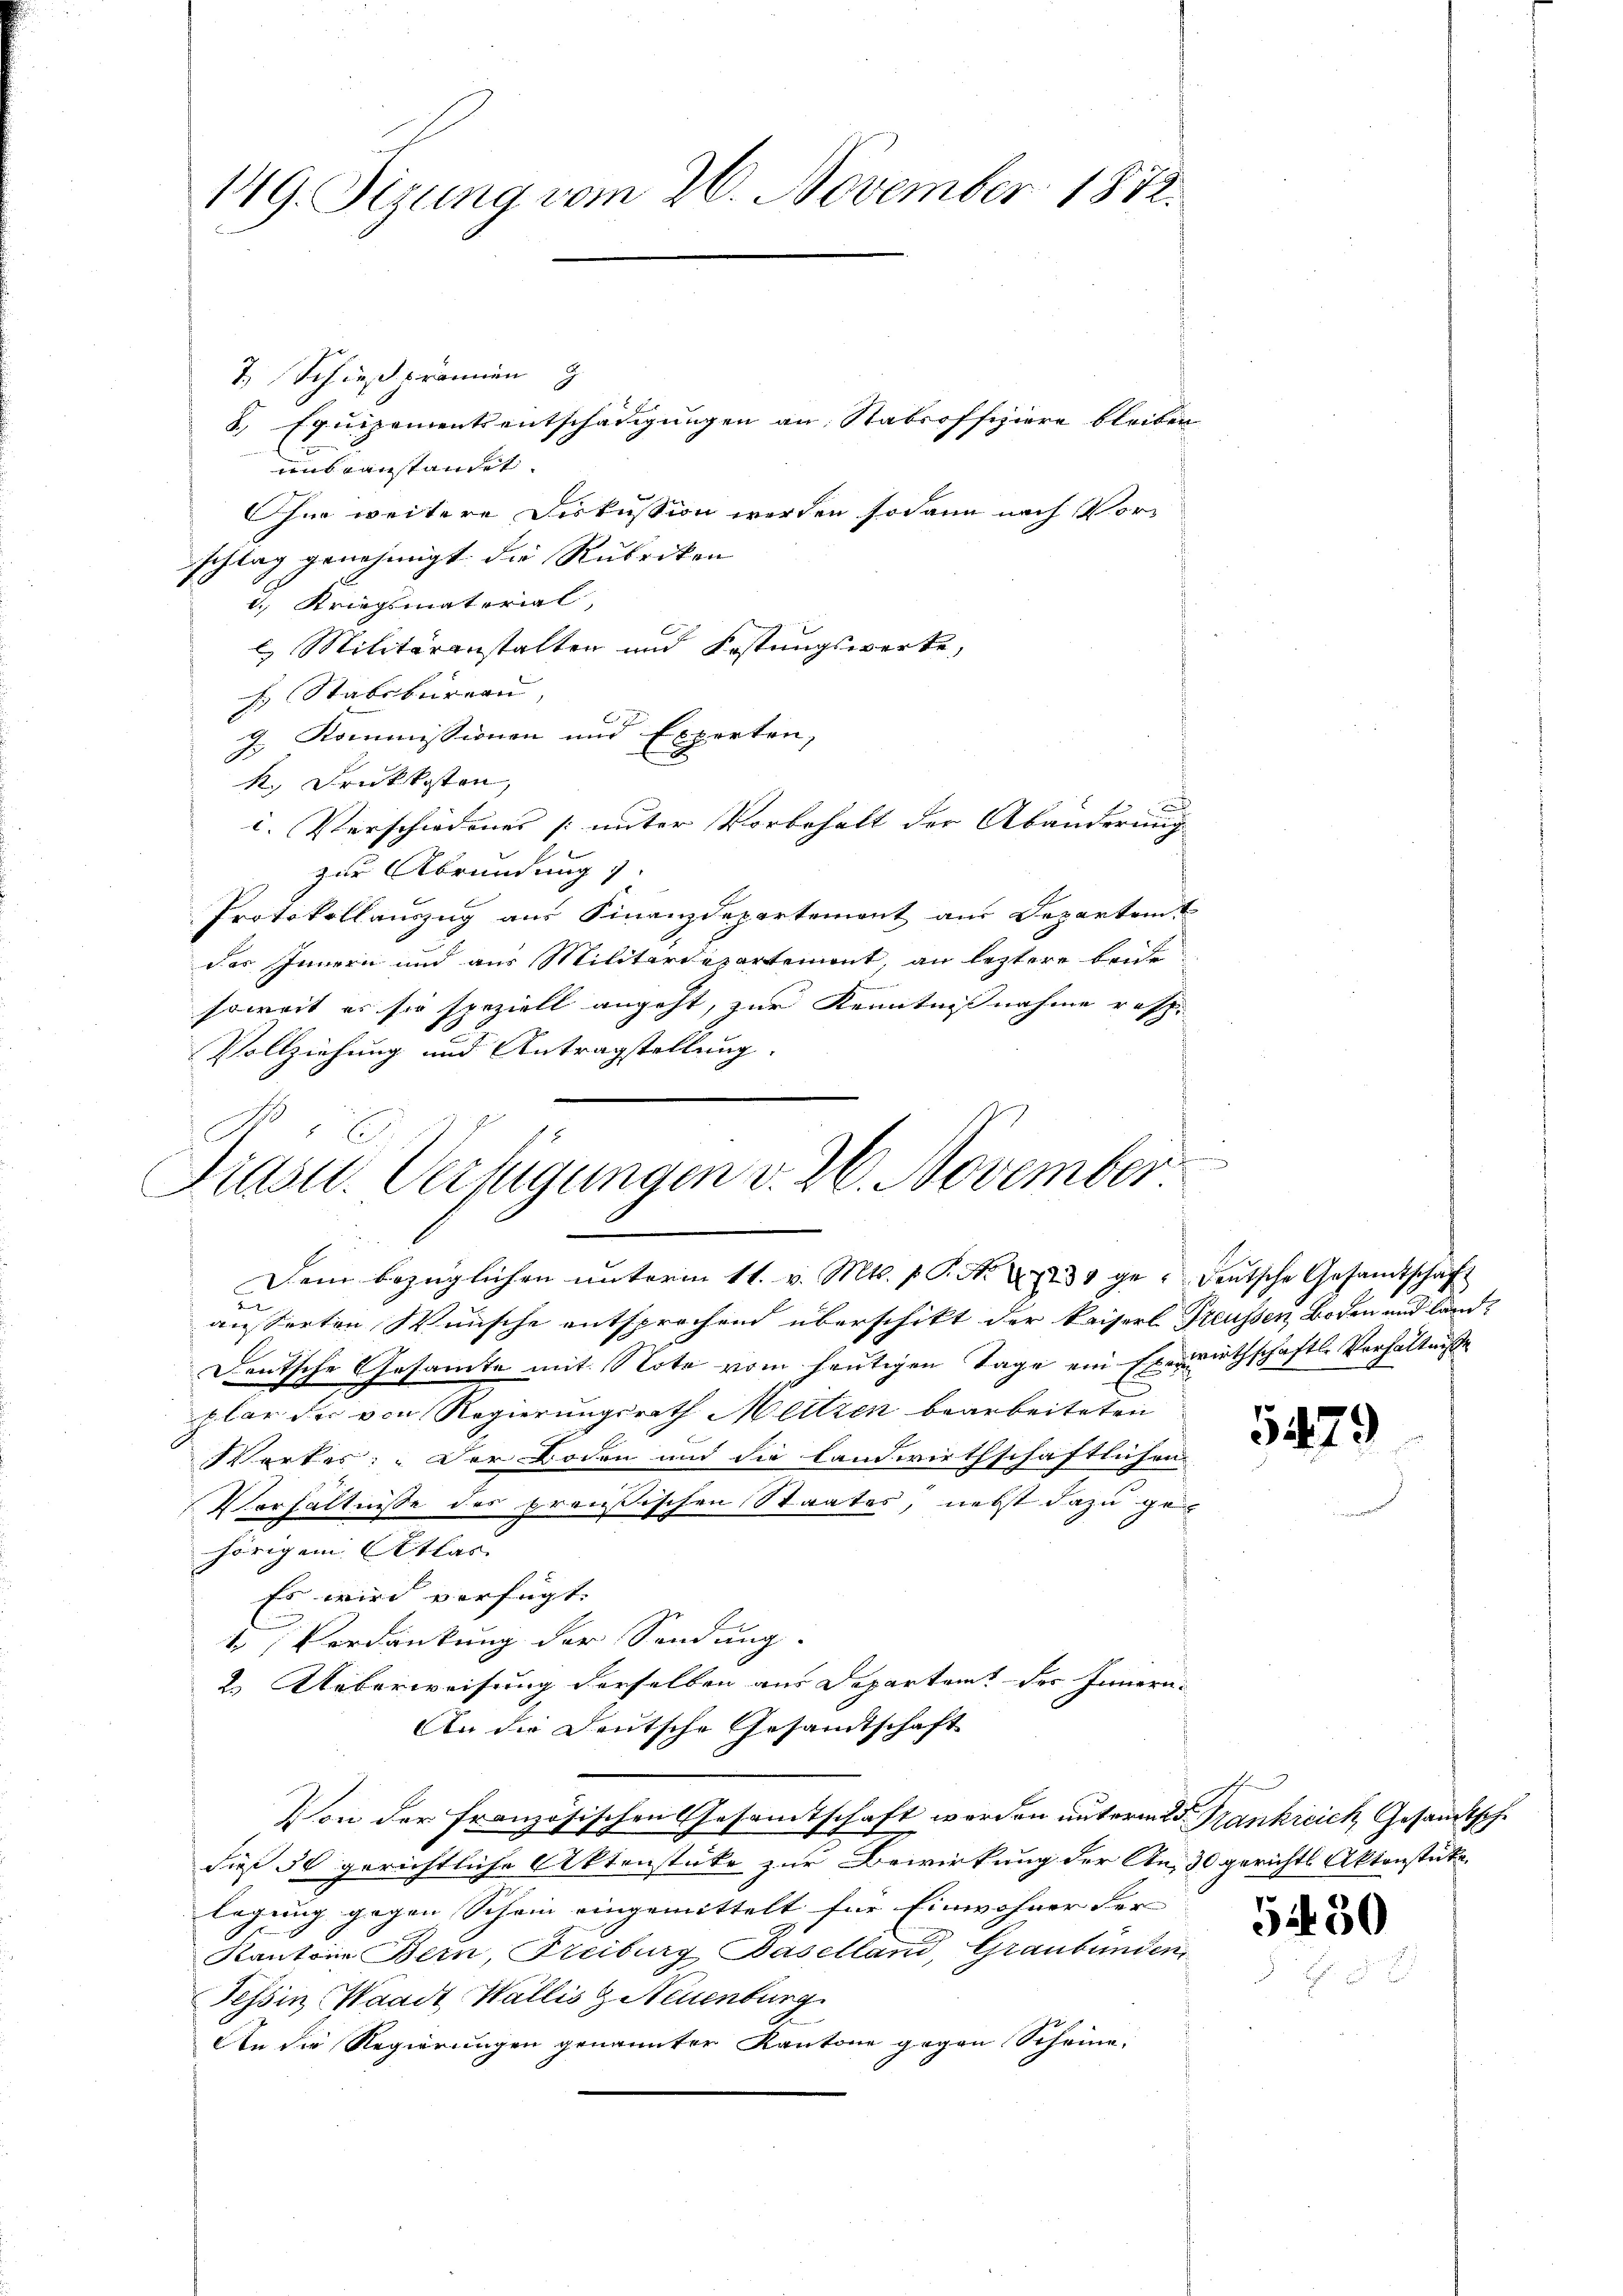
149. Sizung vom 26. November 1812.

7.) Schießprämien
8., Equipementsentschädigungen an Stabsoffiziere bleiben
unbeanstandet.
Ohne weitere Diskussion werden sodann nach Vorschlag genehmigt die Rubriken
1. Kriegsmaterial,
l Militäranstalten und Festungswerke,
h Stabsburern,
g. Kommissionen und Experten,
R. Druckkosten,
i. Verschiedenes [unter Vorbehalt der Abänderung
zur Abrundung
Protokollauszug aus Finanzdepartement aus Departamt
des Innern und aus Militärdepartemont, an leztere beide
soweit es sie speziell angeht, zur Kenntnisnahme resp.
Vollziehung und Antragstellung.

.
Fiast. Verfügungen v. 26. November
Dem bezüglichen ŭnterm 11. v. Mts. p. P. Nr. 223 gedeŭtsche Gesandtschaft
äusserten Wünsche entsprochend überschikt der kaiserl Preussen Boden und land-

Deutsche Gesamte mit Note vom heutigen Tage ein Exewirthschaftle Verhältniße
plar der von Regierungsrath Metzen bearbeiteten
Werkes: „Der Boden und die landwirthschaftlichen
Verhältnisse des prauischen Staates, nebst dazu ge
hörigem Atlas
Es wird verfügt. |
Verdankung der Sendung.
2. Ueberweisung derselben aus Departem des Innern.
An die Deutsche Gesandtschaft
Von der französischen Gesamtschaft werden unterm 25. Frankreich, Gesandtsche
dieß 30 gerichtliche Aktenstüke zur Bewirkung der An, 30 gerichts Aktenstücke.
legung gegen Schein eingemittelt für Einwohner der |
Kantone Bern, Freiburg Baselland, Graubünden
Tessin Waadt Wallis & Neuenburg
An die Regierungen genannter Kantone gegen Scheine.

5479

5430